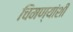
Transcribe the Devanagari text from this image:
चिमण्यांशी